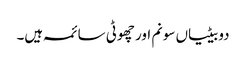
دو بیٹیاں سونم اور چھوٹی سائمہ ہیں۔